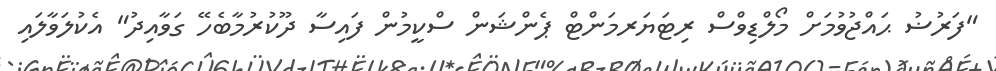
"ފަރުޟު ޙައްޖުވުމަށް މޯލްޑިވްސް ރިޓަޔަރމަންޓް ޕެންޝަން ސްކީމުން ފައިސާ ދޫކުރުމާބެހޭ ގަވާއިދު" އެކުލަވާލައި